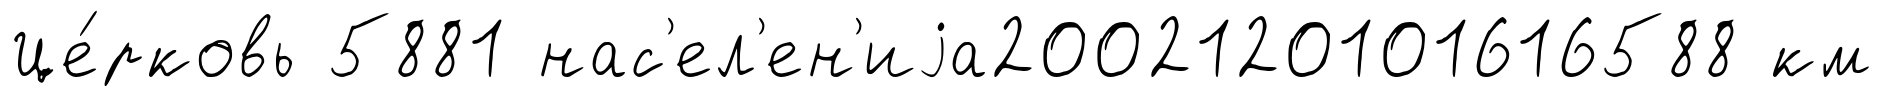
Це́рковь 5881 нас'ел'ен'иjа2002120101616588 км